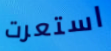
استعرت